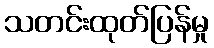
သတင်းထုတ်ပြန်မှု